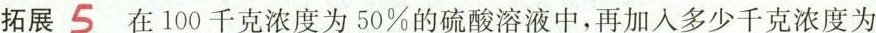
拓展 5 在100千克浓度为50%的硫酸溶液中，再加入多少千克浓度为